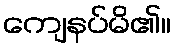
ကျေနပ်မိ၏။